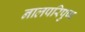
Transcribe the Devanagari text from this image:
नालपरिपुष्प